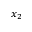
x _ { 2 }